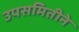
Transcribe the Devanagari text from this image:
उपसमितीने